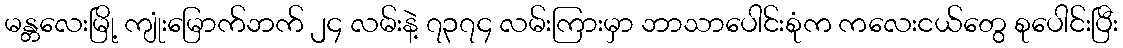
မန္တလေးမြို့ ကျုံးမြောက်ဘက် ၂၄ လမ်းနဲ့ ၇၃၇၄ လမ်းကြားမှာ ဘာသာပေါင်းစုံက ကလေးငယ်တွေ စုပေါင်းပြီး